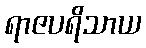
ရာဇပရိသာယ